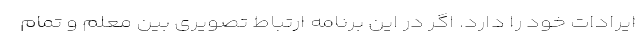
ایرادات خود را دارد. اگر در این برنامه ارتباط تصویری بین معلم و تمام